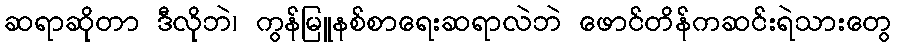
ဆရာဆိုတာ ဒီလိုဘဲ၊ ကွန်မြူနစ်စာရေးဆရာလဲဘဲ ဖောင်တိန်ကဆင်းရဲသားတွေ